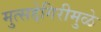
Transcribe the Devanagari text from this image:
मुत्सद्देगिरीमुळे